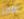
اقفز